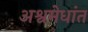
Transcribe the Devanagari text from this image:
अश्वमेधांत